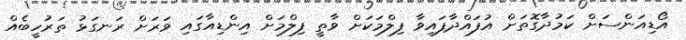
އޯޑިއަންސަށް ކަމުދާގޮތަށް އުފައްދާފައިވާ ފިލްމަކަށް ވާތީ ފިލްމަށް އިންޑިއާގައި ވަރަށް ރަނގަޅު ތަރުހީބެއް